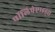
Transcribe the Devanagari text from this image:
पॉलिपेप्टाइड्स